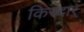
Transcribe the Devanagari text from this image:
किरदार्